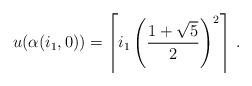
LaTeX: \begin{align*} u(\alpha(i_1,0))=\left\lceil i_1\left(\frac{1+\sqrt{5}}{2}\right)^2 \right\rceil \, . \end{align*}